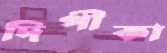
দিপীকা